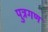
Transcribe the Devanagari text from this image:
पुत्रगण